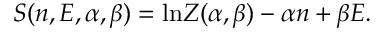
S ( n , E , \alpha , \beta ) = \mathrm { l n } Z ( \alpha , \beta ) - \alpha n + \beta E .